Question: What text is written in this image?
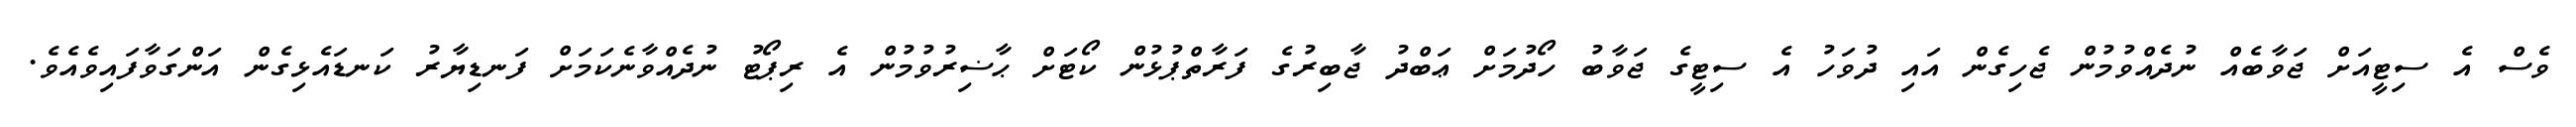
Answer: ވެސް އެ ސިޓީއަށް ޖަވާބެއް ނުދެއްވުމުން ޖެހިގެން އައި ދުވަހު އެ ސިޓީގެ ޖަވާބު ހޯދުމަށް ޢަބްދު ޖާބިރުގެ ފަރާތްޕުޅުން ކޯޓަށް ޙާޟިރުވުމުން އެ ރިޕޯޓު ނުދެއްވާނެކަމަށް ފަނޑިޔާރު ކަނޑައެޅިގެން އަންގަވާފައިވެއެވެ.